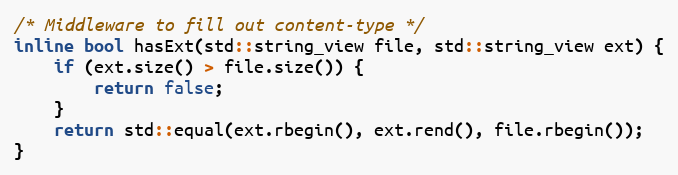
Language: C
/* Middleware to fill out content-type */
inline bool hasExt(std::string_view file, std::string_view ext) {
    if (ext.size() > file.size()) {
        return false;
    }
    return std::equal(ext.rbegin(), ext.rend(), file.rbegin());
}